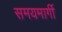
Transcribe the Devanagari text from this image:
समयमार्गी